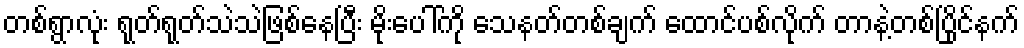
တစ်ရွာလုံး ရုတ်ရုတ်သဲသဲဖြစ်နေပြီး မိုးပေါ်ကို သေနတ်တစ်ချက် ထောင်ပစ်လိုက် တာနဲ့တစ်ပြိုင်နက်